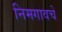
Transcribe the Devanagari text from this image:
निमगावचे